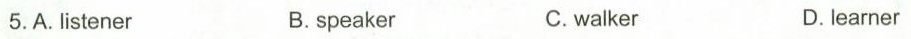
5.A. Listener B. speaker c.walker D.learner